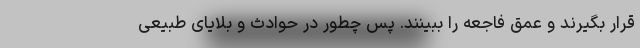
قرار بگیرند و عمق فاجعه را ببینند. پس چطور در حوادث و بلایای طبیعی